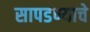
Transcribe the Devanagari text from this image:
सापडण्याचे